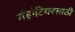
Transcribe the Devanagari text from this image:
गॅझेटियरसाठी